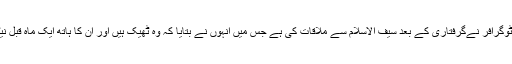
خبر رساں ادارے رائٹرز کے ایک فوٹوگرافر نےگرفتاری کے بعد سیف الاسلام سے ملاقات کی ہے جس میں انہوں نے بتایا کہ وہ ٹھیک ہیں اور ان کا ہاتھ ایک ماہ قبل نیٹو کے ایک حملے میں زخمی ہوا تھا۔